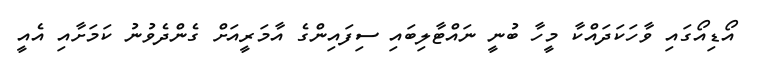
އޯޑިއޯގައި ވާހަކަދައްކާ މީހާ ބުނީ ނައްޓާލިބައި ސިފައިންގެ އާމަރީއަށް ގެންދެވުނު ކަމަށާއި އެއީ